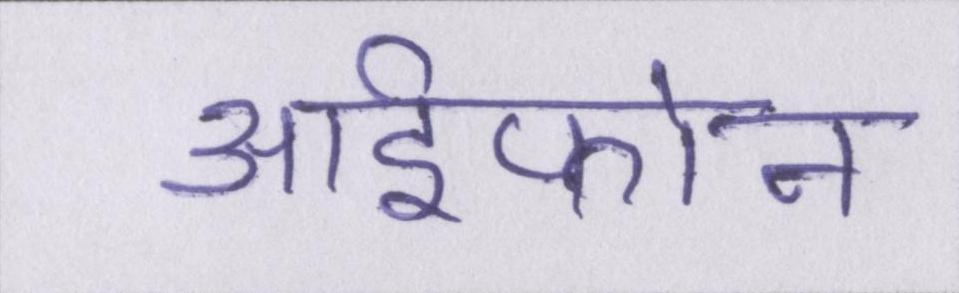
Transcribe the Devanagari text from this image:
आईफोन